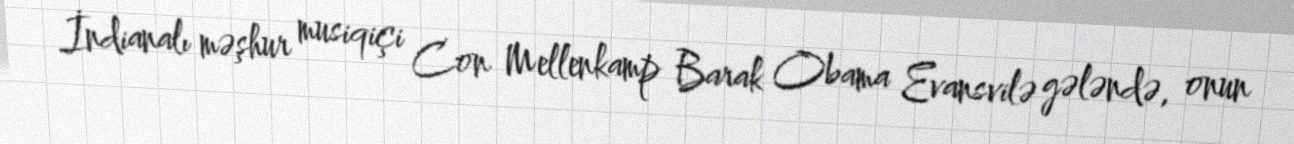
İndianalı məşhur musiqiçi Con Mellenkamp Barak Obama Evansvilə gələndə, onun